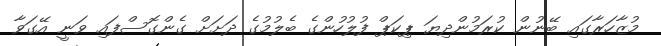
މުޒާހަރާގައި ބޭނުން ކުރަމުންދިޔަ ޕިކަޕް ފުލުހުންގެ ބެލުމުގެ ދަށަށް ގެންގޮސްފައި ވަނީ އޭގަވާ